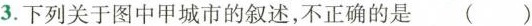
3.下列关于图中甲城市的叙述，不正确的是 ( )